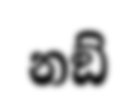
නඞ්